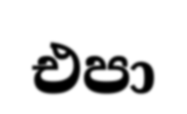
එපා